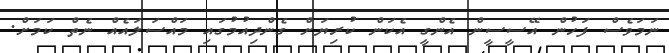
ނަމަވެސް ފަހުން އޭސީސީން އެންގީ އެކަން ކުރިޔަށް ގެންދިއުމުގައި މައްސަލައެއް ނެތް ކަމަށް.